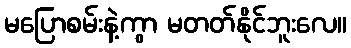
မပြောစမ်းနဲ့ကွာ မတတ်နိုင်ဘူးလေ။